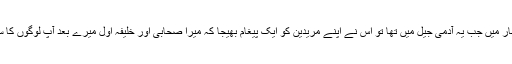
سزائے موت کے انتظار میں جب یہ آدمی جیل میں تھا تو اس نے اپنے مریدین کو ایک پیغام بھیجا کہ میرا صحابی اور خلیفہ اول میرے بعد آپ لوگوں کا سربراہ اور رئیس ہوگا۔